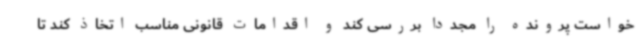
خواست پرونده را مجددا بررسی کند و اقدامات قانونی مناسب اتخاذ کند تا